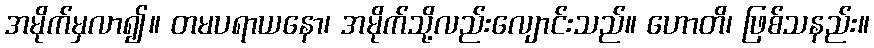
အမိုက်မှလာ၍။ တမပရာယနော၊ အမိုက်သို့လည်းလျောင်းသည်။ ဟောတိ၊ ဖြစ်သနည်း။